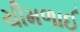
ચીમળાઈ